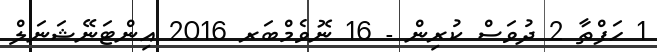
1 ހަފްތާ 2 ދުވަސް ކުރިން - 16 ނޮވެމްބަރ 2016 އިންޓަނޭޝަނަލް